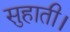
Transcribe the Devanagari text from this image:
सुहाती।